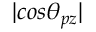
| c o s \theta _ { p z } |